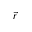
\vec { r }